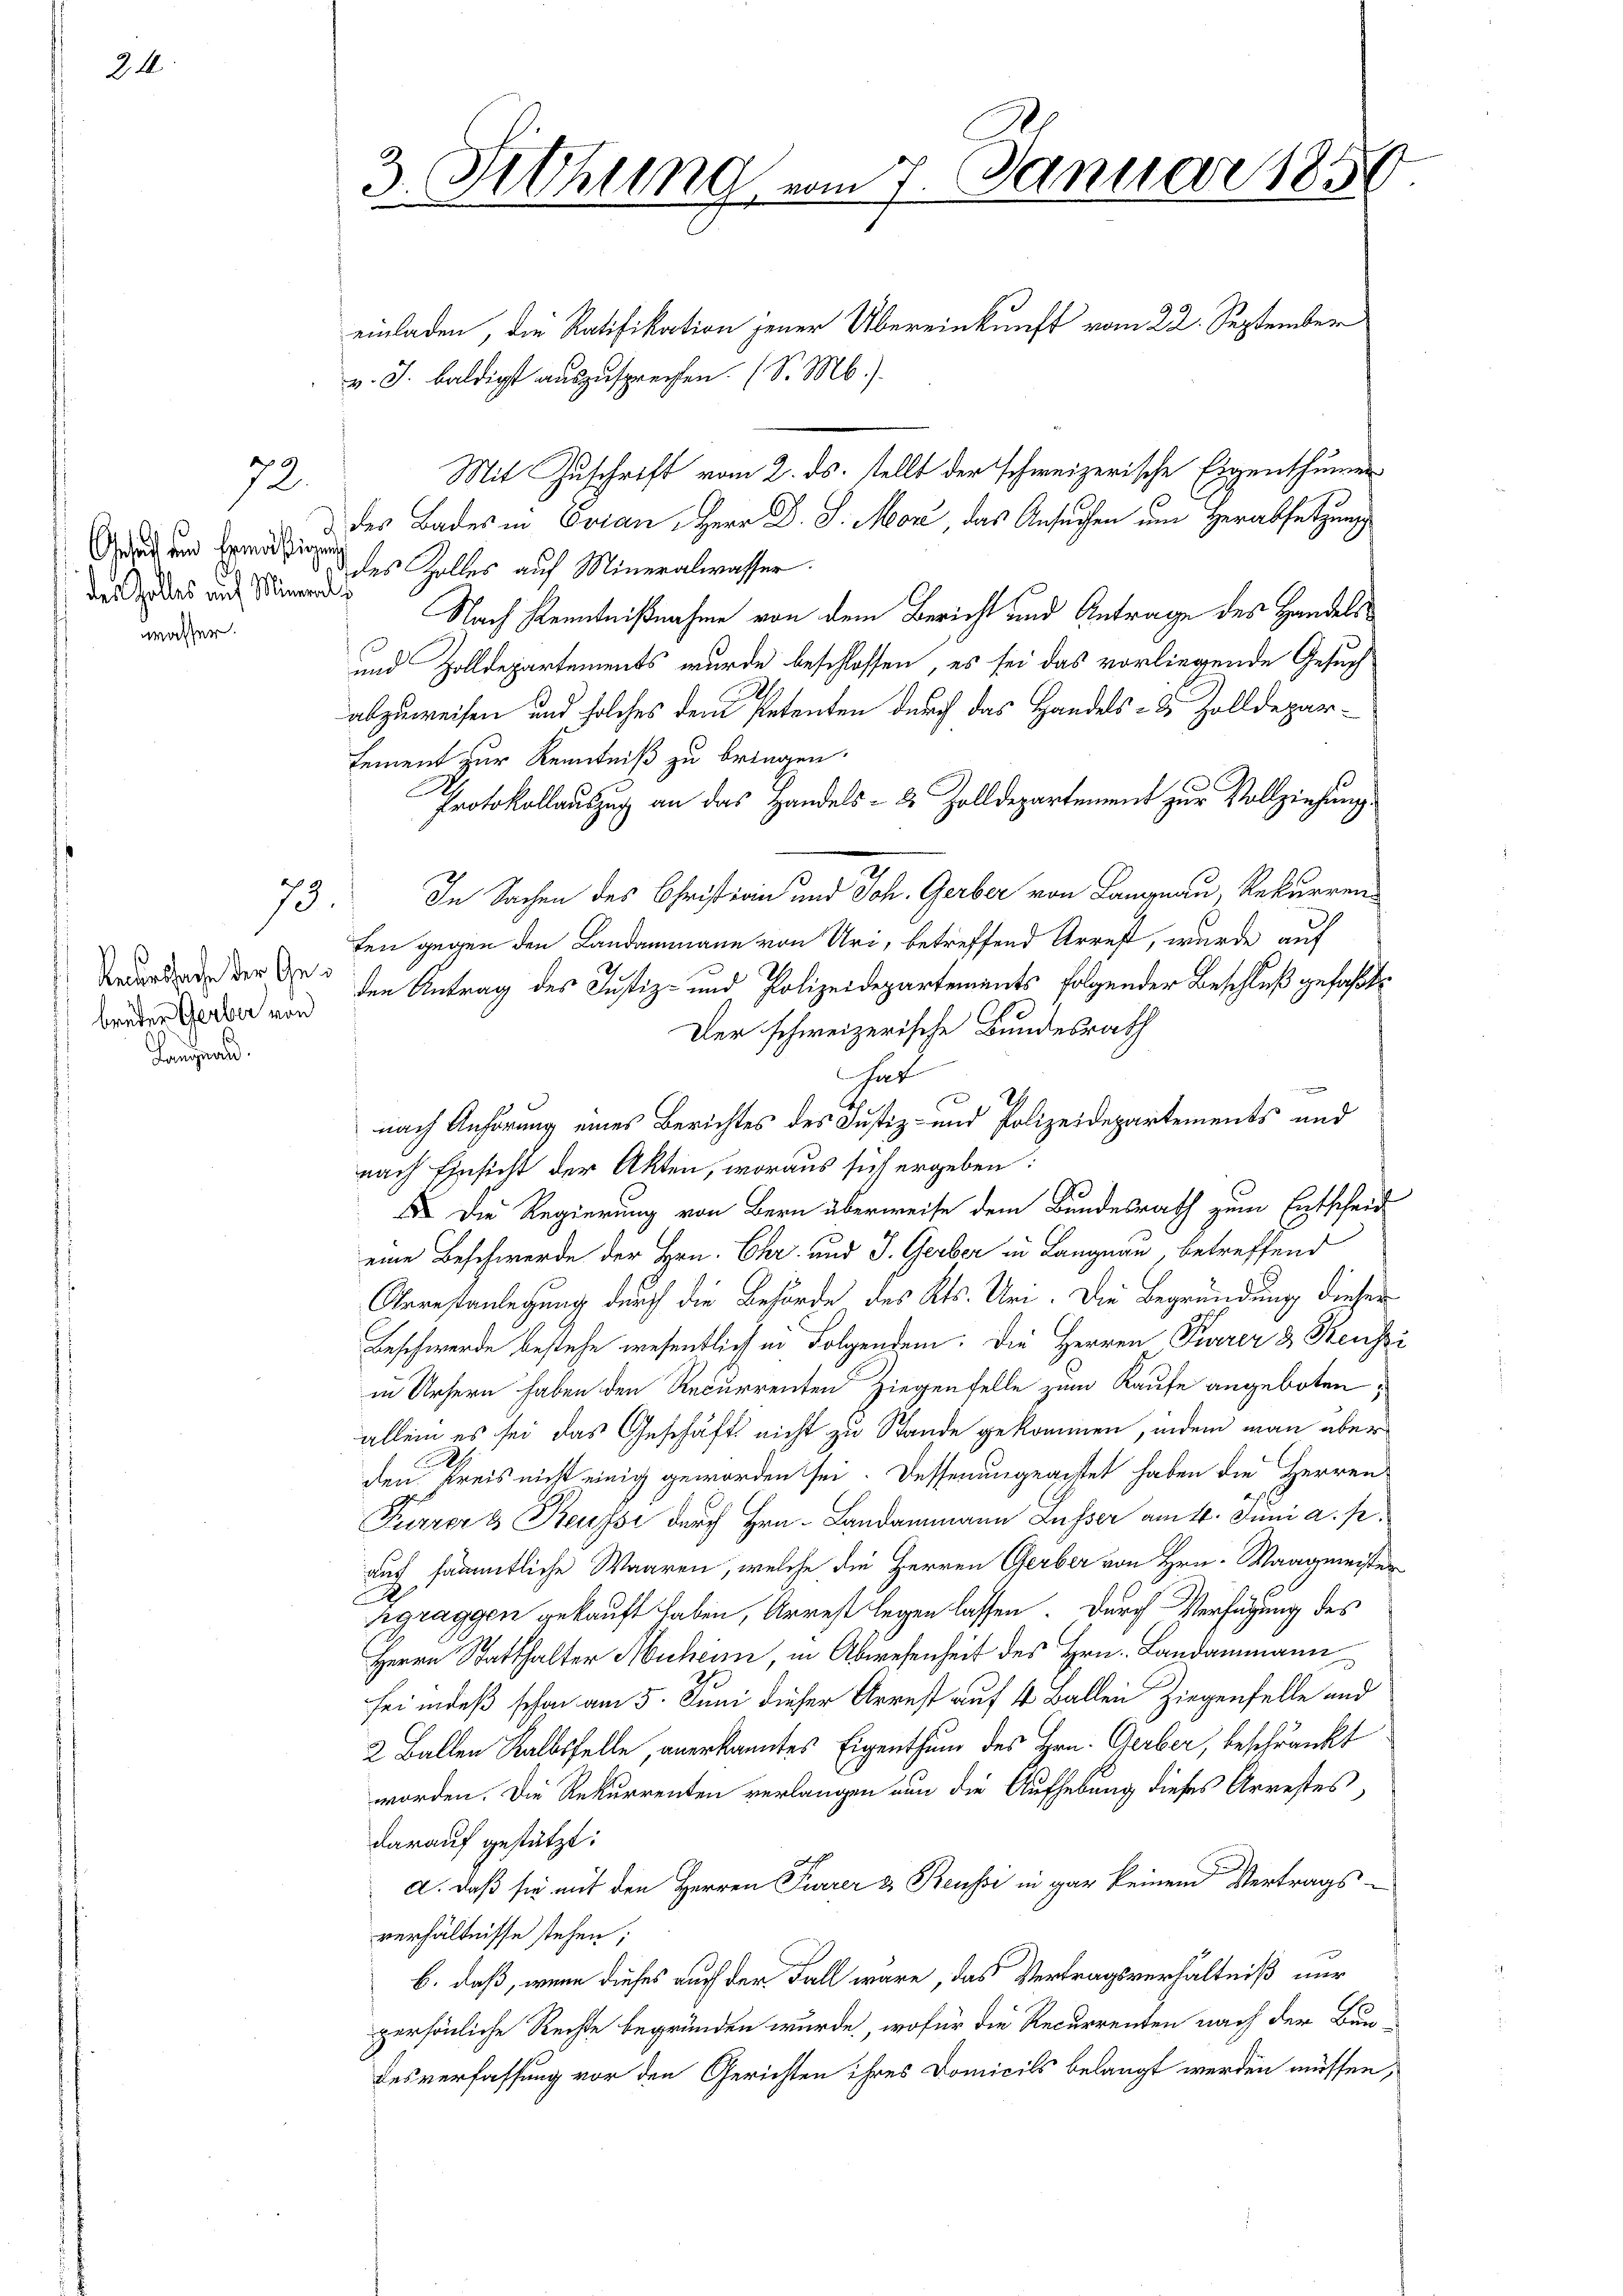
24

Langnad

72.

Geleist ein Ermäßigen
des Zolles auf Miner
wasser.

73.

Recurssache der Gebrüder Gerber von

3. Sitzung vom 7. Januar 1850.

einladen, die Ratifikation jener Übereinkunft vom 22. September
v. J. baldigst auszusprechen. (S. M.).
Mit Zuschrift vom 2. ds. stellt der schweizerische Eigenthumen
des Bades in Evian Herr D. J. Mor, das Ansuchen um Herabsetzung
des Zolles auf Mineralwasser.
Nach Kenntnißnahme von dem Bericht und Antrage des Handels¬
und Zolldepartements wurde beschlossen, es sei das vorliegende Gesuch
abzuweisen und solches dem Petenten durch das Handels- & Zolldepar¬
Lement zur Kenntniß zu bringen.
3
Protokollauszug an das Handels- & Zolldepartement zur Vollziehung.
In Sachen des Christirin und Joh. Gerber von Langnau, Rekurren
ten gegen den Landammann von Uri, betreffend Arrest, wurde auf
den Antrag des Justiz- und Polizeidepartements folgender Beschluß gefaßt:
Der schweizerische Bundesrath
hat
nach Anhörung eines Berichtes des Justiz- und Polizeidepartements und
nach Einsicht der Akten, woraus sich ergeben:
I Die Regierung von Bern überweise dem Bundesrath zum Entscheid
eine Beschwerde der Hrn. Ehr- und J. Gerber in Langnau, betreffend
Arrestanlegung durch die Behörde des Kts. Uri. Die Begründung dieser
Beschwerde bestehe wesentlich in Folgenden. Die Herren Tierer & Reussi
in Ursern haben den Recurrenten Ziegentelle zum Kaufe angeboten;
allein es sei das Geschäft nicht zu Stande gekommen, indem man über
S
den Kreis nicht einig geworden sei. Dessenungeachtet haben die Herren
Ferrer & Reussi durch Hrn. Landammann Lusser am 4. Juni a. p.
auf sämmtliche Waaren, welche die Herren Gerber von Hrn. Waagmeister
A
rgraggen gekauft haben, Arrest legen lassen. Durch Verfügung des
Herrn Statthalter Muheim, in Abwesenheit des Hrn. Landammann
sei indeß schon am 5. Juni dieser Arrest auf 4 Ballen Ziegenfelle und
2 Ballen Kalbsfelle, anerkanntes Eigenthum des Hrn. Gerber, beschränkt
worden. Die Rekurrenten verlangen nun die Aufhebung dieses Arrestes,
darauf gestützt.
A. daß sie mit den Herren Furrer & Reussi in gar keinem Vertrags-
verhältnisse stehen;
b. daß, wenn dieses auch der Fall wäre, das Vertragsverhältniß nur
persönliche Rechte begründen wurde, wofür die Recurrenten nach der Bundesverfassung vor den Gerichten ihres Domicils belangt werden müssen,